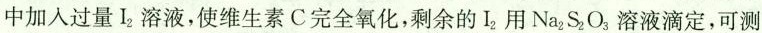
中加入过量I_{2}溶液，使维生素C完全氧化，剩余的I_{2}用Na_{2}S_{2}O_{3}溶液滴定，可测